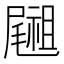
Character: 𥜀